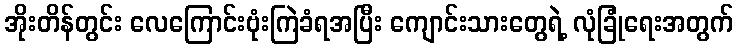
အိုးတိန်တွင်း လေကြောင်းဗုံးကြဲခံရအပြီး ကျောင်းသားတွေရဲ့ လုံခြုံရေးအတွက်